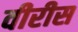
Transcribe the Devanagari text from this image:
वीरीस